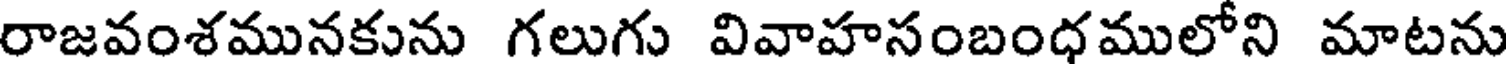
రాజవంశమునకును గలుగు వివాహసంబంధములోని మాటను